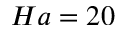
H a = 2 0